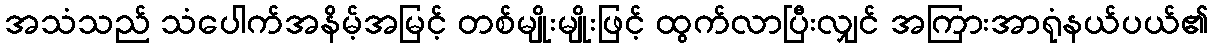
အသံသည် သံပေါက်အနိမ့်အမြင့် တစ်မျိုးမျိုးဖြင့် ထွက်လာပြီးလျှင် အကြားအာရုံနယ်ပယ်၏